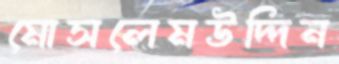
মোসলেমউদ্দিন